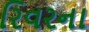
રિવરના